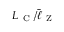
L _ { \mathrm { ~ C ~ } } / \bar { \ell } _ { \mathrm { ~ Z ~ } }